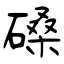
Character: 磉